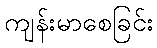
ကျန်းမာစေခြင်း